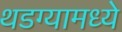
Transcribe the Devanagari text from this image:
थडग्यामध्ये